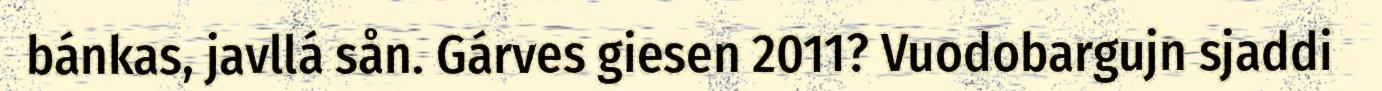
bánkas, javllá sån. Gárves giesen 2011? Vuodobargujn sjaddi